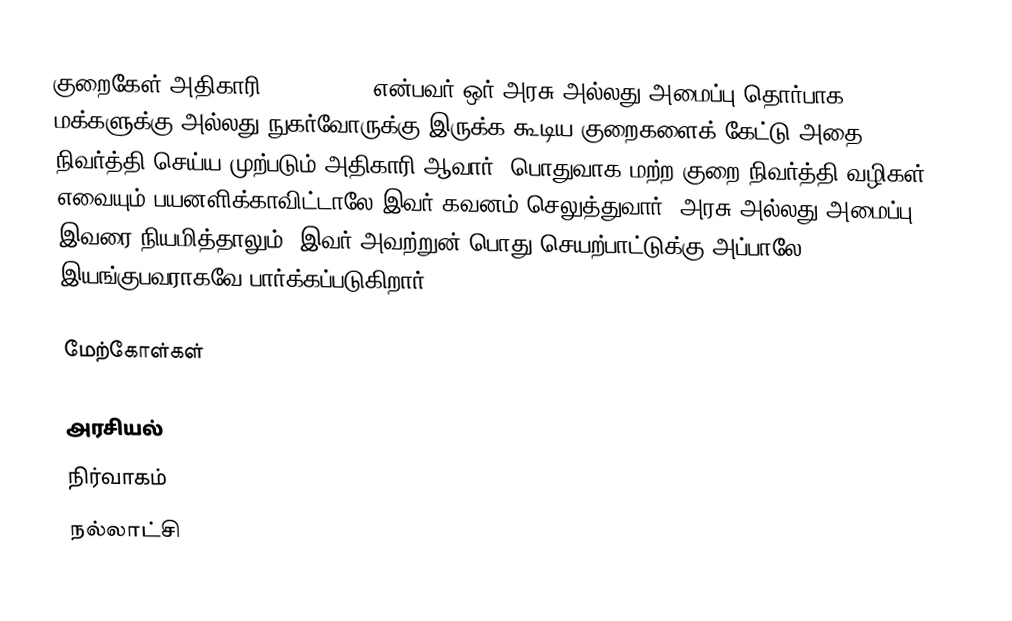
குறைகேள் அதிகாரி (Ombudsman) என்பவர் ஒர் அரசு அல்லது அமைப்பு தொர்பாக மக்களுக்கு அல்லது நுகர்வோருக்கு இருக்க கூடிய குறைகளைக் கேட்டு அதை நிவர்த்தி செய்ய முற்படும் அதிகாரி ஆவார். பொதுவாக மற்ற குறை நிவர்த்தி வழிகள் எவையும் பயனளிக்காவிட்டாலே இவர் கவனம் செலுத்துவார். அரசு அல்லது அமைப்பு இவரை நியமித்தாலும், இவர் அவற்றுன் பொது செயற்பாட்டுக்கு அப்பாலே இயங்குபவராகவே பார்க்கப்படுகிறார்.

மேற்கோள்கள்

அரசியல்
நிர்வாகம்
நல்லாட்சி